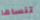
تنساها